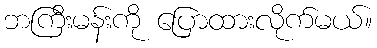
ဘကြီးမန်းကို ပြောထားလိုက်မယ်။